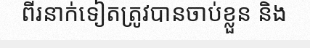
ពីរនាក់ទៀតត្រូវបានចាប់ខ្លួន និង